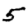
Digit: 5